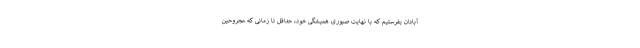
آبادان بفرستیم که با نهایت صبوری همیشگی خود، حداقل تا زمانی که مجروحین